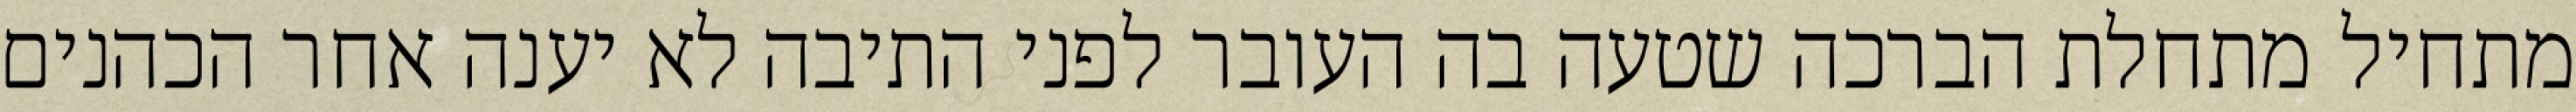
מתחיל מתחלת הברכה שטעה בה העובר לפני התיבה לא יענה אחר הכהנים